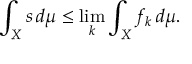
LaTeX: \int _ { X } s \, d \mu \leq \operatorname* { l i m } _ { k } \int _ { X } f _ { k } \, d \mu .